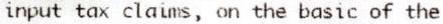
INPUT TAX CLAIMS, ON THE BASIC OF THE